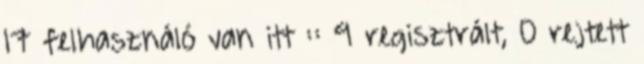
17 felhasználó van itt :: 9 regisztrált, 0 rejtett